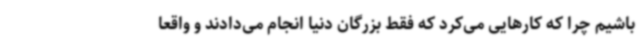
باشیم چرا که کارهایی می‌کرد که فقط بزرگان دنیا انجام می‌دادند و واقعا